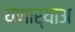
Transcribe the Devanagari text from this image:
येणार्‍याअ